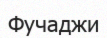
Фучаджи